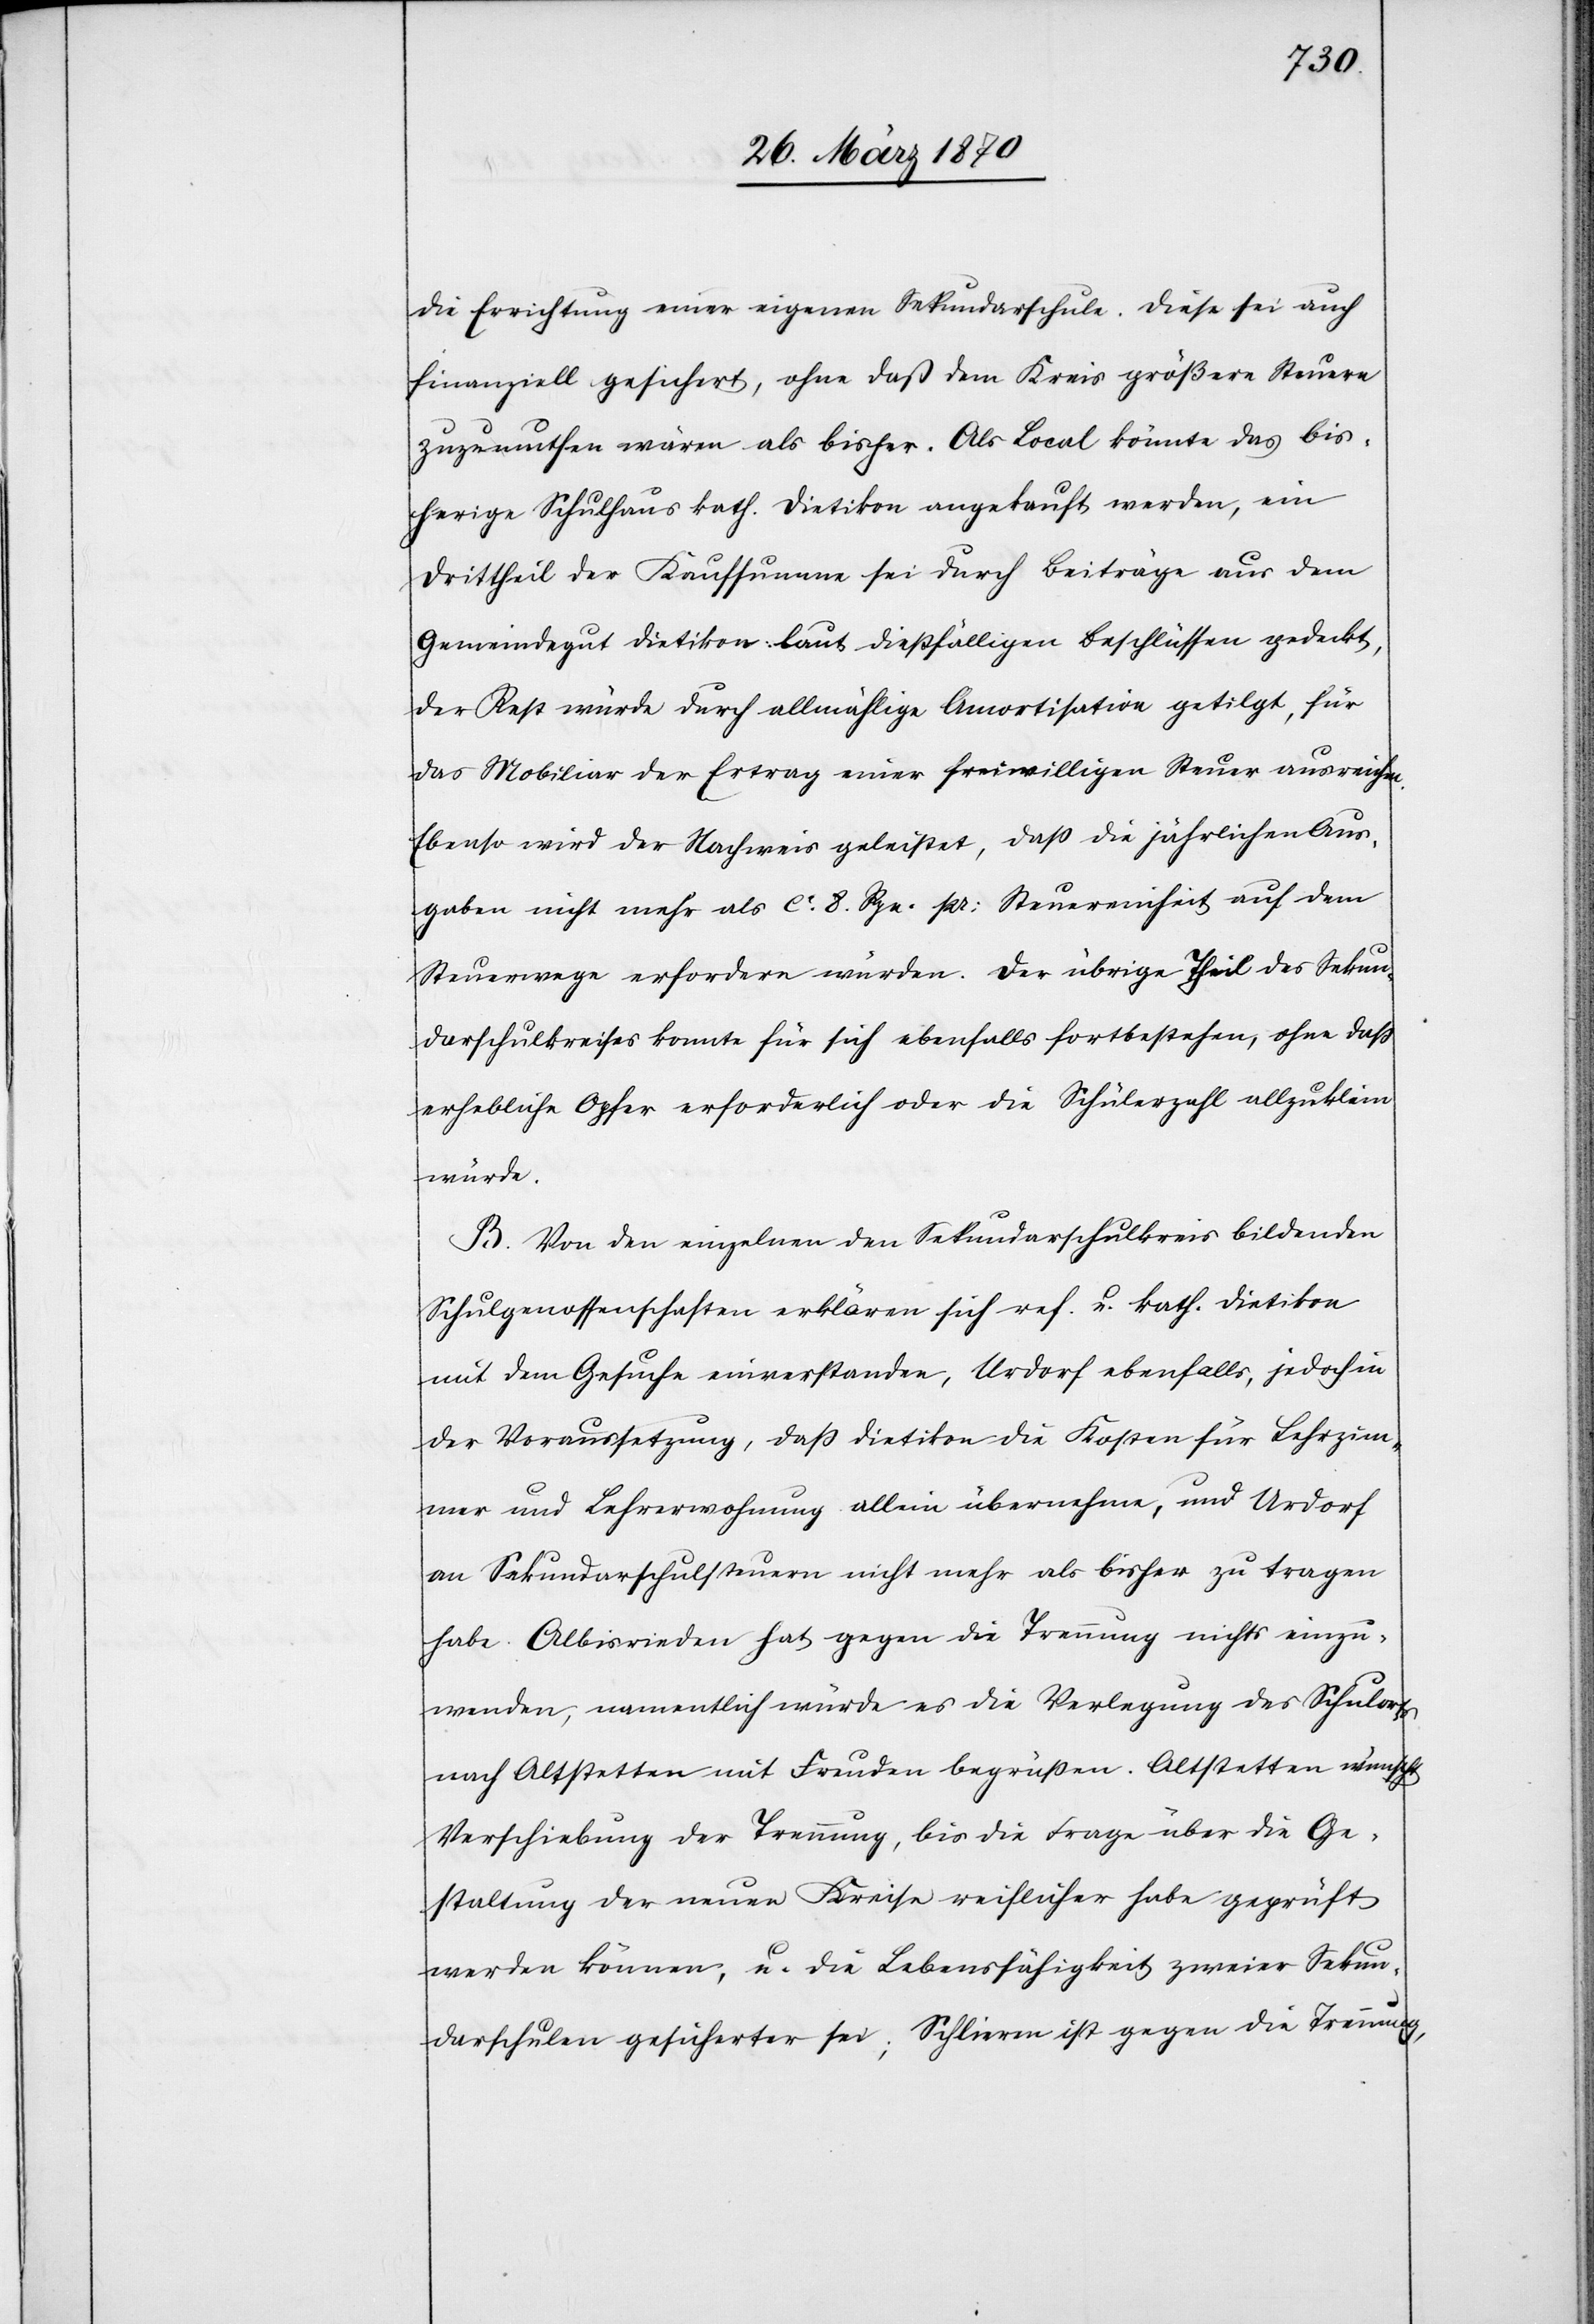
die Errichtung einer eigenen Sekundarschule. Diese sei auch
finanziell gesichert, ohne daß dem Kreis größere Steuern
zuzumuthen wären als bisher. Als Local könnte das bis¬
herige Schulhaus kath. Dietikon angekauft werden, ein
Drittheil der Kaufsumme sei durch Beiträge aus dem
Gemeindegut Dietikon laut dießfälligen Beschlüssen gedeckt,
der Rest würde durch allmählige Amortisation getilgt, für
das Mobiliar der Ertrag einer freiwilligen Steuer ausreichen.
Ebenso wird der Nachweis geleistet, daß die jährlichen Aus¬
gaben nicht mehr als ca. 8. Rpn. pr: Steuereinheit auf dem
Steuerwege erforden würden. Der übrige Theil des Sekun¬
darschulkreises konnte [sic!] für sich ebenfalls fortbestehen, ohne daß
erhebliche Opfer erforderlich oder die Schülerzahl allzuklein
würde.
B. Von den einzelnen den Sekundarschulkreis bildenden
Schulgenossenschaften erklären sich ref. u. kath. Dietikon
mit dem Gesuche einverstanden, Urdorf ebenfalls, jedoch in
der Voraussetzung, daß Dietikon die Kosten für Lehrzimmer
und Lehrerwohnung allein übernehmen, und Urdorf
an Sekundarschulsteuern nicht mehr als bisher zu tragen
habe. Albisrieden hat gegen die Trennung nichts einzu¬
wenden, namentlich würde es die Verlegung des Schulorts
nach Altstetten mit Freuden begrüßen. Altstetten wünscht
Verschiebung der Trennung, bis die Frage über die Ge¬
staltung der neuen Kreise reiflicher habe geprüft
werden können, u. die Lebensfähigkeit zweier Sekun¬
darschulen gesicherter sei; Schlieren ist gegen die Trennung,